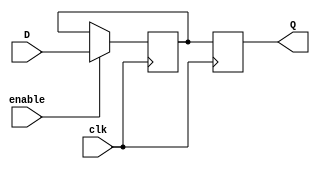
module gated_d_latch_flipflop(
    input D,
    input enable,
    input clk,
    output reg Q
);

reg D_latched;

always @ (posedge clk) begin
    if (enable) begin
        D_latched <= D;
    end
end

always @ (posedge clk) begin
    Q <= D_latched;
end

endmodule